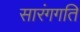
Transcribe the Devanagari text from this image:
सारंगगति